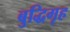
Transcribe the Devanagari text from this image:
बुद्धिगृह